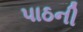
પાઠની